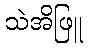
သဲအိဖြူ